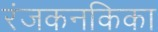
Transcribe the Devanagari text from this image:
रंजकनकिका